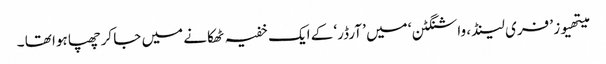
میتھیوز ’ فری لینڈ ، واشنگٹن ‘ میں ’ آرڈر‘ کے ایک خفیہ ٹھکانے میں جا کرچھپا ہوا تھا ۔